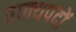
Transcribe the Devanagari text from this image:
वाक्यपदों